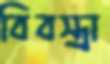
বিবস্ত্রা